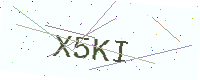
Text: X5KI